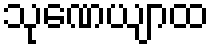
သုဏေယျာထ